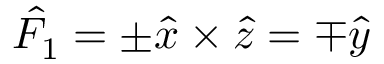
\hat { F _ { 1 } } = \pm \hat { x } \times \hat { z } = \mp \hat { y }